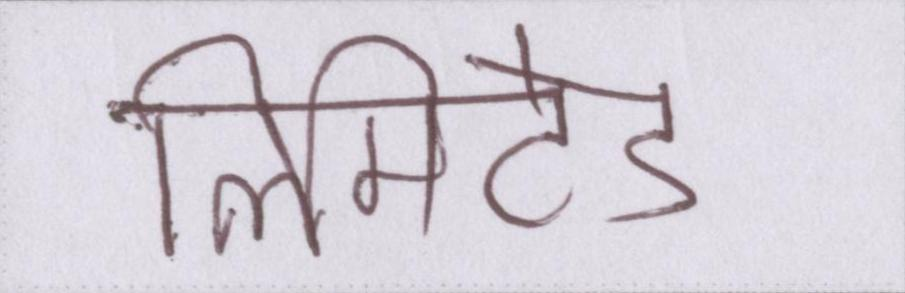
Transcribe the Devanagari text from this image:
लिमिटेड